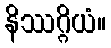
နိဿဂ္ဂိယံ။